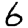
Digit: 6